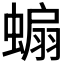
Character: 𧎥